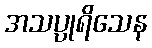
အသပ္ပုရိသေန